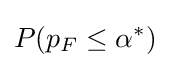
P(p_{F}\leq \alpha ^{*})